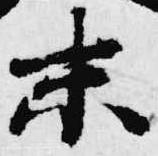
未